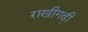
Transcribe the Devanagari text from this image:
राखीगढी़